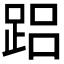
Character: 𲃨